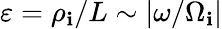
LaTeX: \varepsilon=\rho_{\mathbf{i}}/L\sim|\omega/\Omega_{\mathbf{i}}|